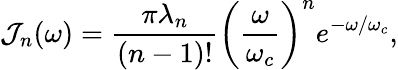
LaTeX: {\mathcal J}_{n}(\omega)=\frac{\pi\lambda_{n}}{(n-1)!}\left(\frac{\omega}{\omega_{c}}\right)^{n}e^{-\omega/\omega_{c}},